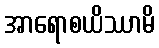
အာရောစယိဿာမိ